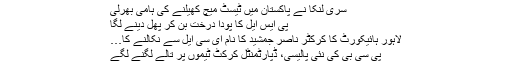
سری لنکا نے پاکستان میں ٹیسٹ میچ کھیلنے کی ہامی بھرلی
پی ایس ایل کا پودا درخت بن کر پھل دینے لگا
لاہور ہائیکورٹ کا کرکٹر ناصر جمشید کا نام ای سی ایل سے نکالنے کا…
پی سی بی کی نئی پالیسی، ڈپارٹمنٹل کرکٹ ٹیموں پر تالے لگنے لگے